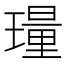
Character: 𬎎